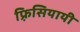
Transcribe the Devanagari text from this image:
फ़्रिसियायी